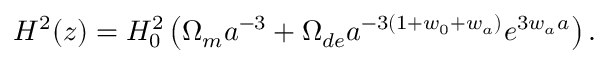
H ^ { 2 } ( z ) = H _ { 0 } ^ { 2 } \left( \Omega _ { m } a ^ { - 3 } + \Omega _ { d e } a ^ { - 3 \left( 1 + w _ { 0 } + w _ { a } \right) } e ^ { 3 w _ { a } a } \right) .